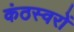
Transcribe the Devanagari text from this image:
कंठस्वरों